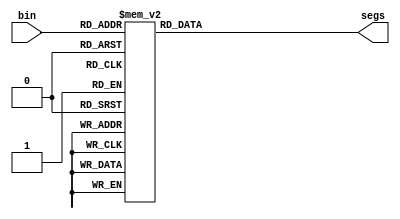
`timescale 1ns / 1ps
//////////////////////////////////////////////////////////////////////////////////
// Company: 
// Engineer: 
// 
// Design Name: 
// Module Name: display
// Project Name: 
// Target Devices: 
// Tool Versions: 
// Description: 
// 
// Dependencies: 
// 
// Revision:
// Revision 0.01 - File Created
// Additional Comments:
// 
//////////////////////////////////////////////////////////////////////////////////


`define S_0 8'b00000011
`define S_1 8'b10011111
`define S_2 8'b00100101
`define S_3 8'b00001101
`define S_4 8'b10011001
`define S_5 8'b01001001
`define S_6 8'b01000001
`define S_7 8'b00011111
`define S_8 8'b00000001
`define S_9 8'b00001001

    
module display(
    input [3:0]bin,
    output reg [7:0]segs
    );
     
always @*  begin
    case (bin)
        4'd0: segs[7:0] <= `S_0;
        4'd1: segs[7:0] <= `S_1;
        4'd2: segs[7:0] <= `S_2;
        4'd3: segs[7:0] <= `S_3;
        4'd4: segs[7:0] <= `S_4;
        4'd5: segs[7:0] <= `S_5;
        4'd6: segs[7:0] <= `S_6;
        4'd7: segs[7:0] <= `S_7;
        4'd8: segs[7:0] <= `S_8;
        4'd9: segs[7:0] <= `S_9;
        default: segs[7:0] <= 8'b11111111;
    endcase
end
    
endmodule